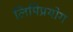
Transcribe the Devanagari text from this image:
लिपिप्रयोग